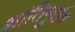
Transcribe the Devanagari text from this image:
शांतिमुर्तय